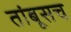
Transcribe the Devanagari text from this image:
तांबूसच